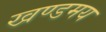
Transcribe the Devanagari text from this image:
खण्डमय